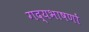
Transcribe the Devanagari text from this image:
गद्यभाषणों